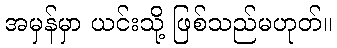
အမှန်မှာ ယင်းသို့ ဖြစ်သည်မဟုတ်။